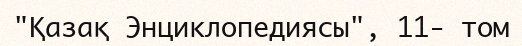
"Қазақ Энциклопедиясы", 11- том